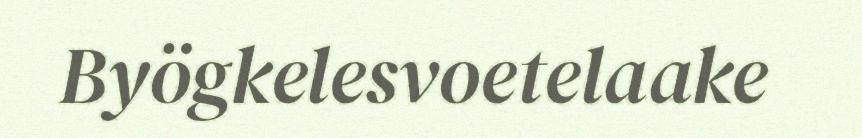
Byögkelesvoetelaake